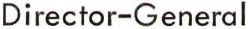
Director-General